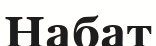
Набат